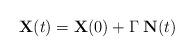
LaTeX: \begin{align*}\mathbf{X}(t) = \mathbf{X}(0) + \Gamma \; \mathbf{N}(t)\end{align*}